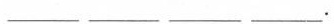
___ ___ ___ ___.